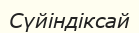
Сүйіндіксай